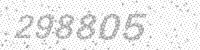
Solution: 298805